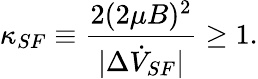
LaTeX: \kappa_{SF}\equiv\frac{2(2\mu B)^{2}}{|\Delta\dot{V}_{SF}|}\geq 1.